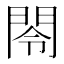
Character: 閝